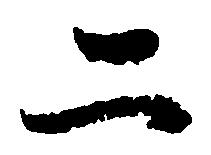
二